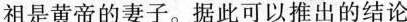
祖是黄帝的妻子。据此可以推出的结论